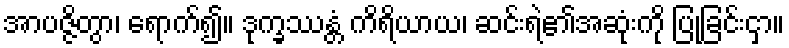
အာပဇ္ဇိတွာ၊ ရောက်၍။ ဒုက္ခဿန္တံ ကိရိယာယ၊ ဆင်းရဲ၏အဆုံးကို ပြုခြင်းငှာ။